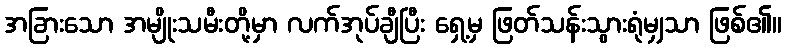
အခြားသော အမျိုးသမီးတို့မှာ လက်အုပ်ချီပြီး ရှေ့မှ ဖြတ်သန်းသွားရုံမျှသာ ဖြစ်၏။